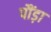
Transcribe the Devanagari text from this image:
पौंड़ा